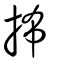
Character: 抪